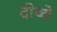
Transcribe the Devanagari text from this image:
दोय्चे